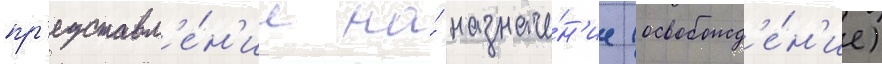
пр'едставл'е́н'ие на́ назначе́н'ие (освобожд'е́н'ие)